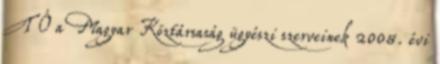
T Ó a Magyar Köztársaság ügyészi szerveinek 2008. évi